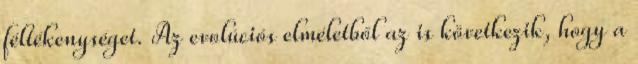
féltékenységet. Az evolúciós elméletből az is következik, hogy a